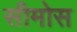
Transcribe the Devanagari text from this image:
सीमोस